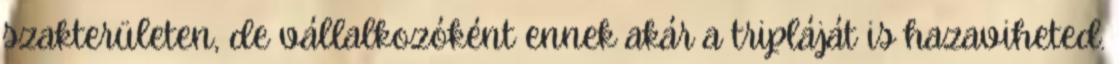
szakterületen, de vállalkozóként ennek akár a tripláját is hazaviheted.